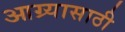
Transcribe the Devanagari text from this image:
आग्र्यासाठी